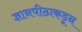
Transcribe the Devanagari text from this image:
ज्ञानपीठाकडून